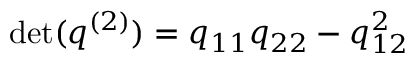
\operatorname* { d e t } ( q ^ { ( 2 ) } ) = q _ { 1 1 } q _ { 2 2 } - q _ { 1 2 } ^ { 2 }